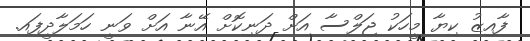
ފާއިޒު ކިޔާ މީހަކު ޖަލްސާ އަށް ދަނިކޮށް އޭނާ އަށް ވަނީ ހަމަލާދީފައި.